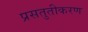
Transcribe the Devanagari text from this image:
प्रसतुतीकरण